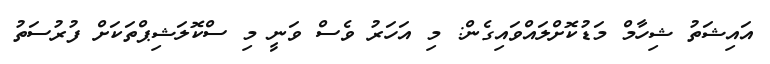
އައިޝަތު ޝިހާމް މަޑުކޮށްލައްވައިގެން: މި އަހަރު ވެސް ވަނީ މި ސްކޮލަޝިޕްތަަކަށް ފުރުސަތު